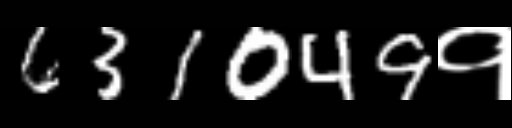
Text: 631049१